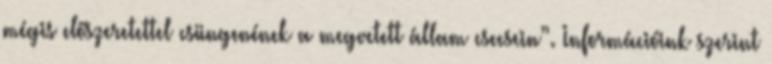
mégis előszeretettel csüngenének a megvetett állam csecsein”. Információink szerint